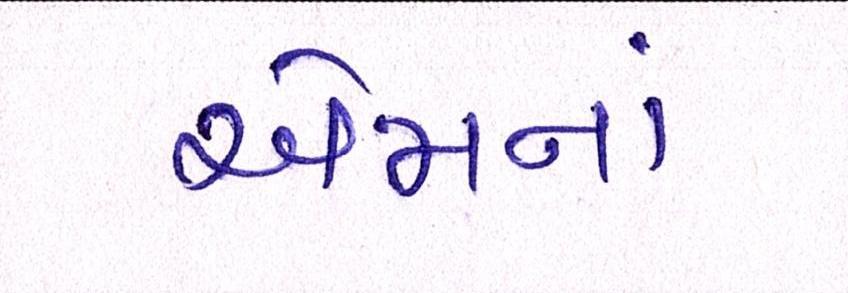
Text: એમનાં